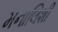
મનાલિશી